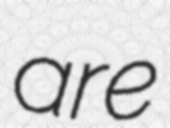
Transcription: are